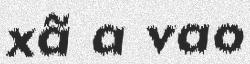
xã a vao